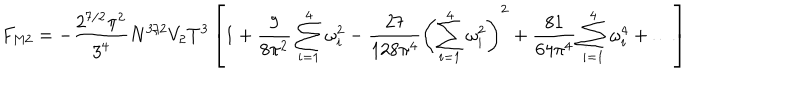
F _ { \mathrm { M 2 } } = - \frac { 2 ^ { 7 / 2 } \pi ^ { 2 } } { 3 ^ { 4 } } N ^ { 3 / 2 } V _ { 2 } T ^ { 3 } \left[ 1 + \frac { 9 } { 8 \pi ^ { 2 } } \sum _ { i = 1 } ^ { 4 } \omega _ { i } ^ { 2 } - \frac { 2 7 } { 1 2 8 \pi ^ { 4 } } \left( \sum _ { i = 1 } ^ { 4 } \omega _ { i } ^ { 2 } \right) ^ { 2 } + \frac { 8 1 } { 6 4 \pi ^ { 4 } } \sum _ { i = 1 } ^ { 4 } \omega _ { i } ^ { 4 } + \ldots \right]